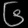
Digit: ၆